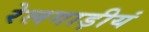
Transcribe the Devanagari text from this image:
रेलगाड़ीयं